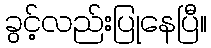
ခွင့်လည်းပြုနေပြီ။